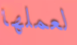
لعملها